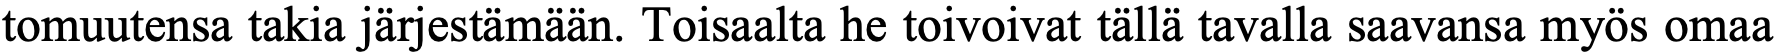
tomuutensa takia järjestämään. Toisaalta he toivoivat tällä tavalla saavansa myös omaa